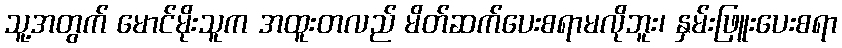
သူ့အတွက် မောင်မိုးသူက အထူးတလည် မိတ်ဆက်ပေးစရာမလိုဘူး၊ နှမ်းဖြူးပေးစရာ